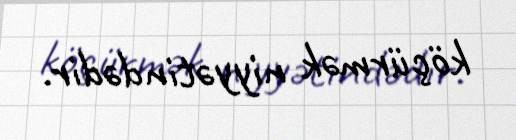
köçürmək niyyətindədir.